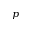
_ { p }